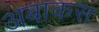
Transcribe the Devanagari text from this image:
अबाकस